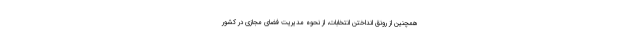
همچنین از رونق انداختن انتخابات، از نحوه مدیریت فضای مجازی در کشور